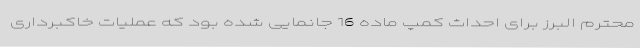
محترم البرز برای احداث کمپ ماده 16 جانمایی شده بود که عملیات خاکبرداری